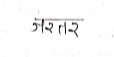
मजकूर: जरतर